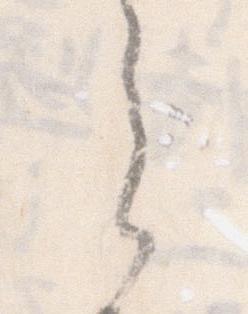
之